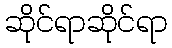
ဆိုင်ရာဆိုင်ရာ